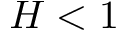
H < 1